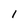
Character: 1